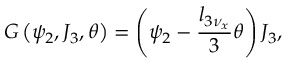
G \left( \psi _ { 2 } , J _ { 3 } , \theta \right) = \left( \psi _ { 2 } - \frac { l _ { 3 \nu _ { x } } } { 3 } \theta \right) J _ { 3 } ,